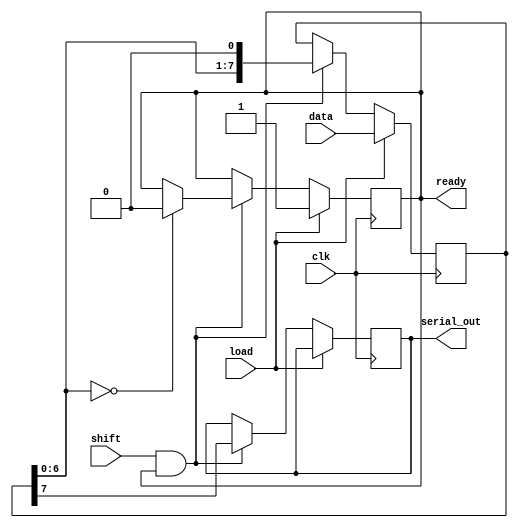
module PISO_Register (
    input wire clk,          // Clock signal
    input wire load,         // Load control signal
    input wire shift,        // Shift control signal
    input wire [N-1:0] data, // Parallel input data bus
    output reg serial_out,   // Serial output
    output reg ready         // Indicates when the register is ready to shift
);
    parameter N = 8; // Width of the data input (number of flip-flops)

    reg [N-1:0] shift_reg; // Shift register to hold the data

    always @(posedge clk) begin
        if (load) begin
            // Load data into the shift register
            shift_reg <= data;
            ready <= 1'b1; // Indicate that the register is ready to shift
        end else if (shift && ready) begin
            // Shift operation
            serial_out <= shift_reg[N-1]; // Output the MSB
            shift_reg <= {shift_reg[N-2:0], 1'b0}; // Shift left
            if (shift_reg[N-2:0] == 0) begin
                ready <= 1'b0; // Indicate that shifting is complete
            end
        end
    end
endmodule